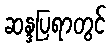
ဆန္ဒပြရာတွင်